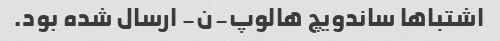
اشتباها ساندویچ هالوپ-ن- ارسال شده بود.